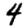
Digit: 4